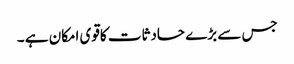
جس سے بڑے حادثات کاقوی امکان ہے ۔